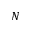
N